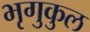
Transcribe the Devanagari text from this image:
भृगुकुल